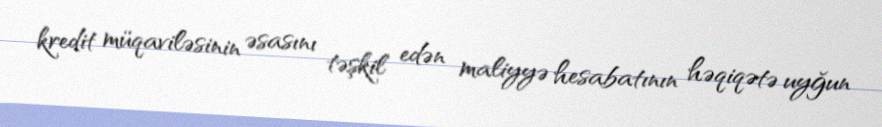
kredit müqaviləsinin əsasını təşkil edən maliyyə hesabatının həqiqətə uyğun